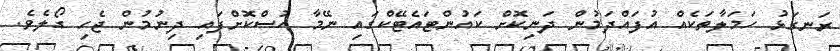
ރަނގަޅު ހަމަލާތަކެއް އުފައްދަމުން ދަނިކޮށް ކައުންޓައެޓޭކްގައި ނޭމާ ހުސްކޮށްފައި ދިނުމުން ޖެހި ގޯލެވެ.